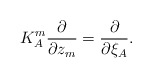
\begin{align*}K^m_A \frac{\partial}{\partial z_m} = \frac{\partial}{\partial \xi_A} .\end{align*}